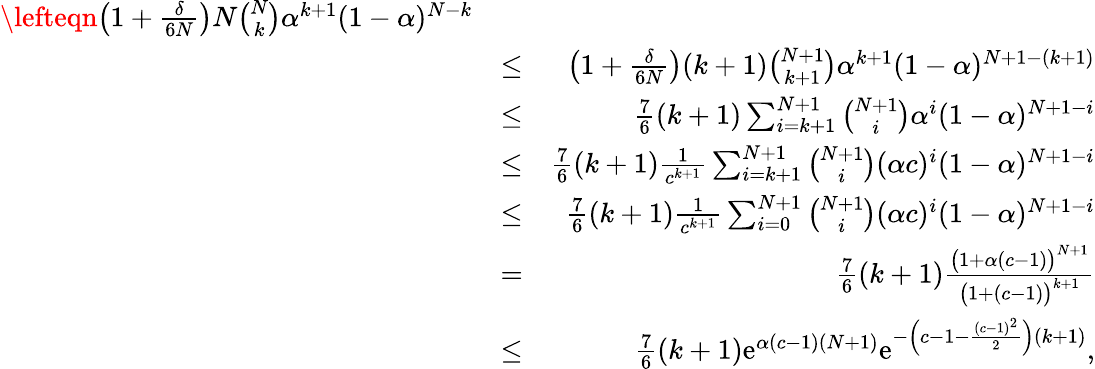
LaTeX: \begin{array}{rlr}{\lefteqn{\left(1+\frac{\delta}{6N}\right)N{\binom{N}{k}}\alpha^{k+1}(1-\alpha)^{N-k}}}\\ &{\leq}&{\left(1+\frac{\delta}{6N}\right)(k+1){\binom{N+1}{k+1}}\alpha^{k+1}(1-\alpha)^{N+1-(k+1)}}\\ &{\leq}&{\frac{7}{6}(k+1)\sum_{i=k+1}^{N+1}{\binom{N+1}{i}}\alpha^{i}(1-\alpha)^{N+1-i}}\\ &{\leq}&{\frac{7}{6}(k+1)\frac{1}{c^{k+1}}\sum_{i=k+1}^{N+1}{\binom{N+1}{i}}(\alpha c)^{i}(1-\alpha)^{N+1-i}}\\ &{\leq}&{\frac{7}{6}(k+1)\frac{1}{c^{k+1}}\sum_{i=0}^{N+1}{\binom{N+1}{i}}(\alpha c)^{i}(1-\alpha)^{N+1-i}}\\ &{=}&{\frac{7}{6}(k+1)\frac{\big(1+\alpha(c-1)\big)^{N+1}}{\big(1+(c-1)\big)^{k+1}}}\\ &{\leq}&{\frac{7}{6}(k+1)\mathrm{e}^{\alpha(c-1)(N+1)}\mathrm{e}^{-\left(c-1-\frac{(c-1)^{2}}{2}\right)(k+1)},}\end{array}